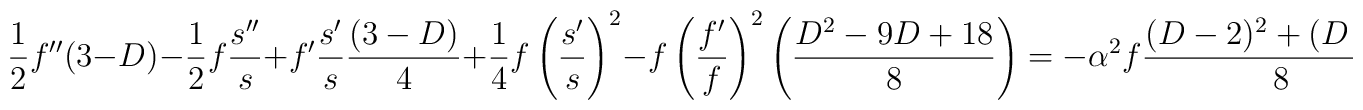
\frac{1}{2} f'' (3-D) -\frac{1}{2} f \frac{s''}{s} + f' \frac{s'}{s} \frac{(3-D)}{4} + \frac{1}{4}f \left(\frac{s'}{s}\right)^2- f\left(\frac{f'}{f}\right)^2 \left(\frac{D^2-9D+18}{8}\right) = -\alpha^2 f \frac{(D-2)^2+(D-2)}{8}